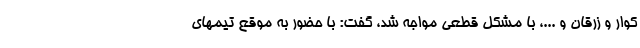
کوار و زرقان و ...، با مشکل قطعی مواجه شد، گفت: با حضور به موقع تیمهای